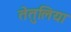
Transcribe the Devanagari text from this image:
तेतुलिया